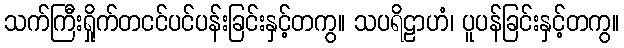
သက်ကြီးရှိုက်တငင်ပင်ပန်းခြင်းနှင့်တကွ။ သပရိဠာဟံ၊ ပူပန်ခြင်းနှင့်တကွ။